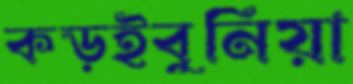
কড়ইবুনিয়া